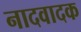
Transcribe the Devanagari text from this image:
नादवादक